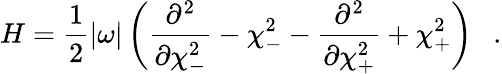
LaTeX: H=\frac{1}{2}|\omega|\left(\frac{\partial^{2}}{\partial\chi_{-}^{2}}-\chi_{-}^{2}-\frac{\partial^{2}}{\partial\chi_{+}^{2}}+\chi_{+}^{2}\right)\ \ \ .